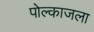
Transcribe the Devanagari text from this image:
पोल्काजला